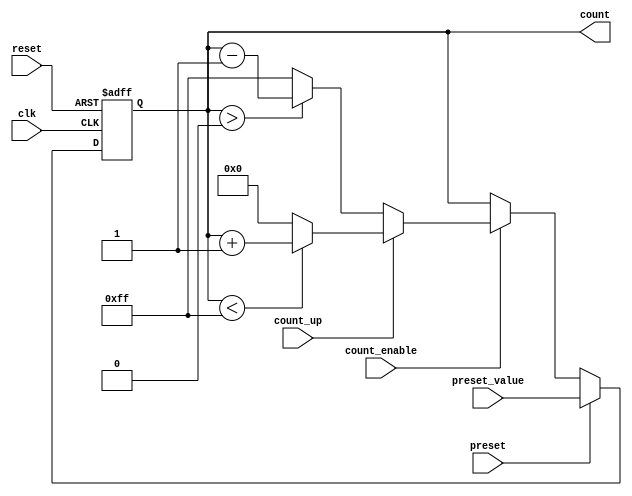
module presettable_counter #(
    parameter WIDTH = 8,              // Bit-width for the counter
    parameter MAX_COUNT = (1 << WIDTH) - 1 // Maximum count value based on the width
)(
    input wire clk,                   // Clock signal
    input wire reset,                 // Asynchronous reset signal
    input wire preset,                // Preset signal
    input wire [WIDTH-1:0] preset_value, // Value to preset the counter
    input wire count_enable,          // Enable counting operation
    input wire count_up,              // Count up when high, count down when low
    output reg [WIDTH-1:0] count      // Current counter value
);
  
    // Initial value of the counter
    initial begin
        count = 0; // Initial count value
    end

    // Asynchronous Reset and Preset functionality
    always @(posedge clk or posedge reset) begin
        if (reset) begin
            count <= 0; // Reset counter to zero (or preset value if specified)
        end else if (preset) begin
            count <= preset_value; // Load the preset value into the counter
        end else if (count_enable) begin
            // Counting operation
            if (count_up) begin
                // Count Up
                if (count < MAX_COUNT) 
                    count <= count + 1;
                else 
                    count <= 0; // Wrap around to zero
            end else begin
                // Count Down
                if (count > 0)
                    count <= count - 1;
                else 
                    count <= MAX_COUNT; // Wrap around to maximum value
            end
        end
    end

endmodule